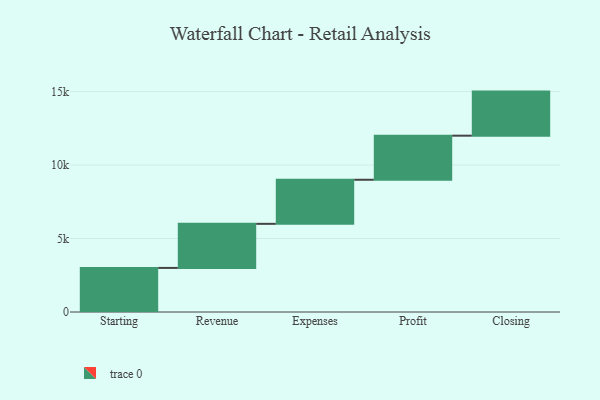
{"axis": {"x": "Step", "y": "Value"}, "legend": [""], "data": [{"x": "Starting", "y": 3000, "type": ""}, {"x": "Revenue", "y": 3000, "type": ""}, {"x": "Expenses", "y": 3000, "type": ""}, {"x": "Profit", "y": 3000, "type": ""}, {"x": "Closing", "y": 3000, "type": ""}]}